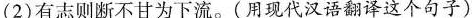
(2)有志则断不甘为下流。(用现代汉语翻译这个句子)